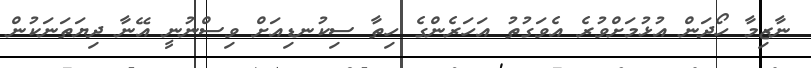
ނާޒިމާ ހޯދަން އުޅުމަށްވުރެ އެވަގުތު އަހަރެންގެ ހިތާ ސިކުނޑިއަށް ވިސްނުނީ އޭނާ ދިޔަތަނަކުން